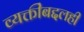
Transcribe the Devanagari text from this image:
व्यक्तींबद्दलही